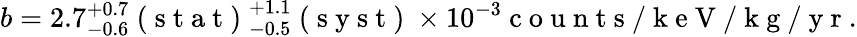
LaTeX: b=2.7_{-0.6}^{+0.7}\mathrm{~(~s~t~a~t~)~}_{-0.5}^{+1.1}\mathrm{~(~s~y~s~t~)~}\times 10^{-3}\mathrm{~c~o~u~n~t~s~/~k~e~V~/~k~g~/~y~r~}.